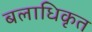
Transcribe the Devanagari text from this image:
बलाधिकृत